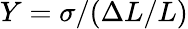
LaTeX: Y=\sigma/(\Delta L/L)